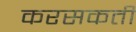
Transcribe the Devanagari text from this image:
करसकती